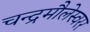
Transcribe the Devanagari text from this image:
चन्द्रमौलेस्वरर